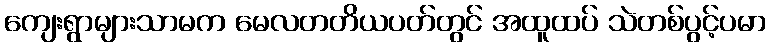
ကျေးရွာများသာမက မေလတတိယပတ်တွင် အထူထပ် သဲတစ်ပွင့်ပမာ